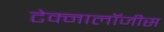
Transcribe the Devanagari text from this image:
टेक्नालॉजीस